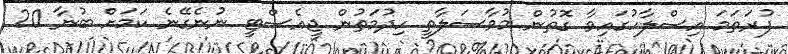
ފުރަތަމަ އިސްލާހުގައިވާ ގޮތުން މުވާސަލާތީ ހިދުމަތުން ޖީއެސްޓީ ނުނެގޭނެ ކަމަށް ބުނާ 20